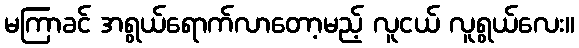
မကြာခင် အရွယ်ရောက်လာတော့မည့် လူငယ် လူရွယ်လေး။